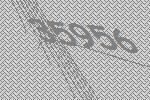
35956